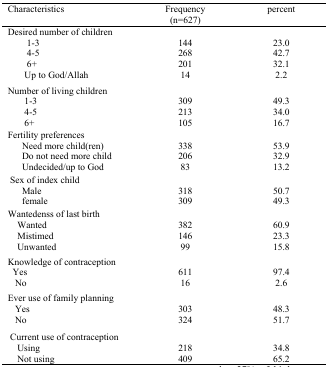
| <COLSPAN=2> Characteristics | Frequency(n=627) | percent |
 | --- | --- | --- | --- |
 | <COLSPAN=2> Desired number of children |  |  |
 |  | <COLSPAN=2> 1–3 | 144 | 23.0 |
 |  | 4–5 | 268 | 42.7 |
 |  | 6+ | 201 | 32.1 |
 |  | Up to God/Allah | 14 | 2.2 |
 | <COLSPAN=2> Number of living children |  |  |
 |  | 1–3 | 309 | 49.3 |
 |  | 4–5 | 213 | 34.0 |
 |  | 6+ | 105 | 16.7 |
 | <COLSPAN=2> Fertility preferences |  |  |
 |  | Need more child(ren) | 338 | 53.9 |
 |  | Do not need more child | 206 | 32.9 |
 |  | Undecided/up to God | 83 | 13.2 |
 | <COLSPAN=2> Sex of index child |  |  |
 |  | Male | 318 | 50.7 |
 |  | female | 309 | 49.3 |
 | <COLSPAN=2> Wantedenss of last birth |  |  |
 |  | Wanted | 382 | 60.9 |
 |  | Mistimed | 146 | 23.3 |
 |  | Unwanted | 99 | 15.8 |
 | <COLSPAN=2> Knowledge of contraception |  |  |
 |  | Yes | 611 | 97.4 |
 |  | No | 16 | 2.6 |
 | <COLSPAN=2> Ever use of family planning |  |  |
 |  | Yes | 303 | 48.3 |
 |  | No | 324 | 51.7 |
 | <COLSPAN=2> Current use of contraception |  |  |
 |  | Using | 218 | 34.8 |
 |  | Not using | 409 | 65.2 |